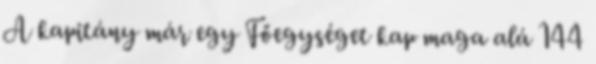
A kapitány már egy Főegységet kap maga alá 144